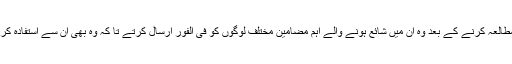
ان کا مطالعہ کرنے کے بعد وہ ان میں شائع ہونے والے اہم مضامین مختلف لوگوں کو فی الفور ارسال کرتے تا کہ وہ بھی ان سے استفادہ کر سکیں۔